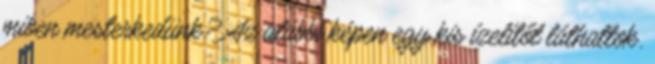
miben mesterkedünk? Az alábbi képen egy kis ízelítőt láthattok.